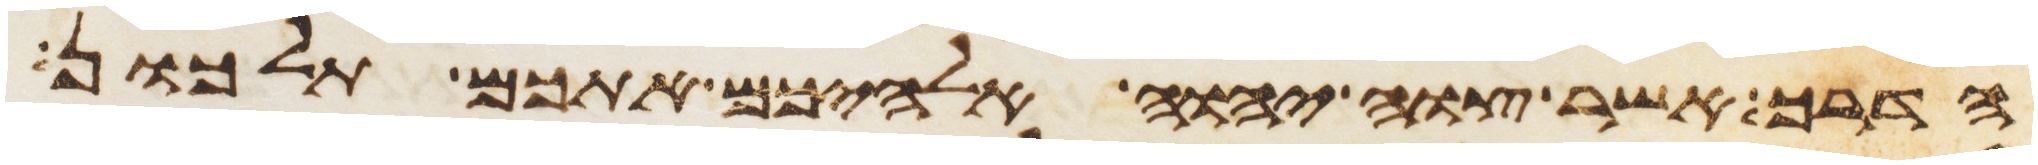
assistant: הדרך אשר צוה יהוה אלהיכם אתכם תלכון